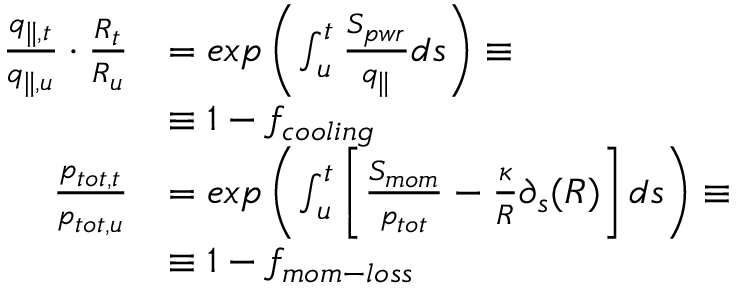
\begin{array} { r l } { \frac { q _ { \parallel , t } } { q _ { \parallel , u } } \cdot \frac { R _ { t } } { R _ { u } } } & { = e x p \left( \int _ { u } ^ { t } \frac { S _ { p w r } } { q _ { \parallel } } d s \right) \equiv } \\ { ~ } & { \equiv 1 - f _ { c o o l i n g } } \\ { \frac { p _ { t o t , t } } { p _ { t o t , u } } } & { = e x p \left( \int _ { u } ^ { t } \left[ \frac { S _ { m o m } } { p _ { t o t } } - \frac { \kappa } { R } \partial _ { s } ( R ) \right] d s \right) \equiv } \\ { ~ } & { \equiv 1 - f _ { m o m - l o s s } } \end{array}